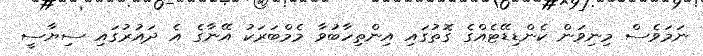
ނަމަވެސް މިނިވަން ކެންޑިޑޭޓެއްގެ ގޮތުގައި އިންތިހާބުވާ މެމްބަރަކު އޭނާގެ އެ ދައުރުގައި ސިޔާސީ